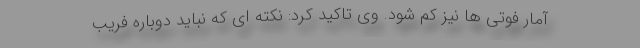
آمار فوتی ها نیز کم شود. وی تاکید کرد: نکته ای که نباید دوباره فریب